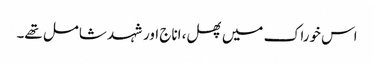
اس خوراک میں پھل، اناج اور شہد شامل تھے۔